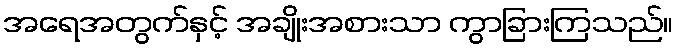
အရေအတွက်နှင့် အချိုးအစားသာ ကွာခြားကြသည်။